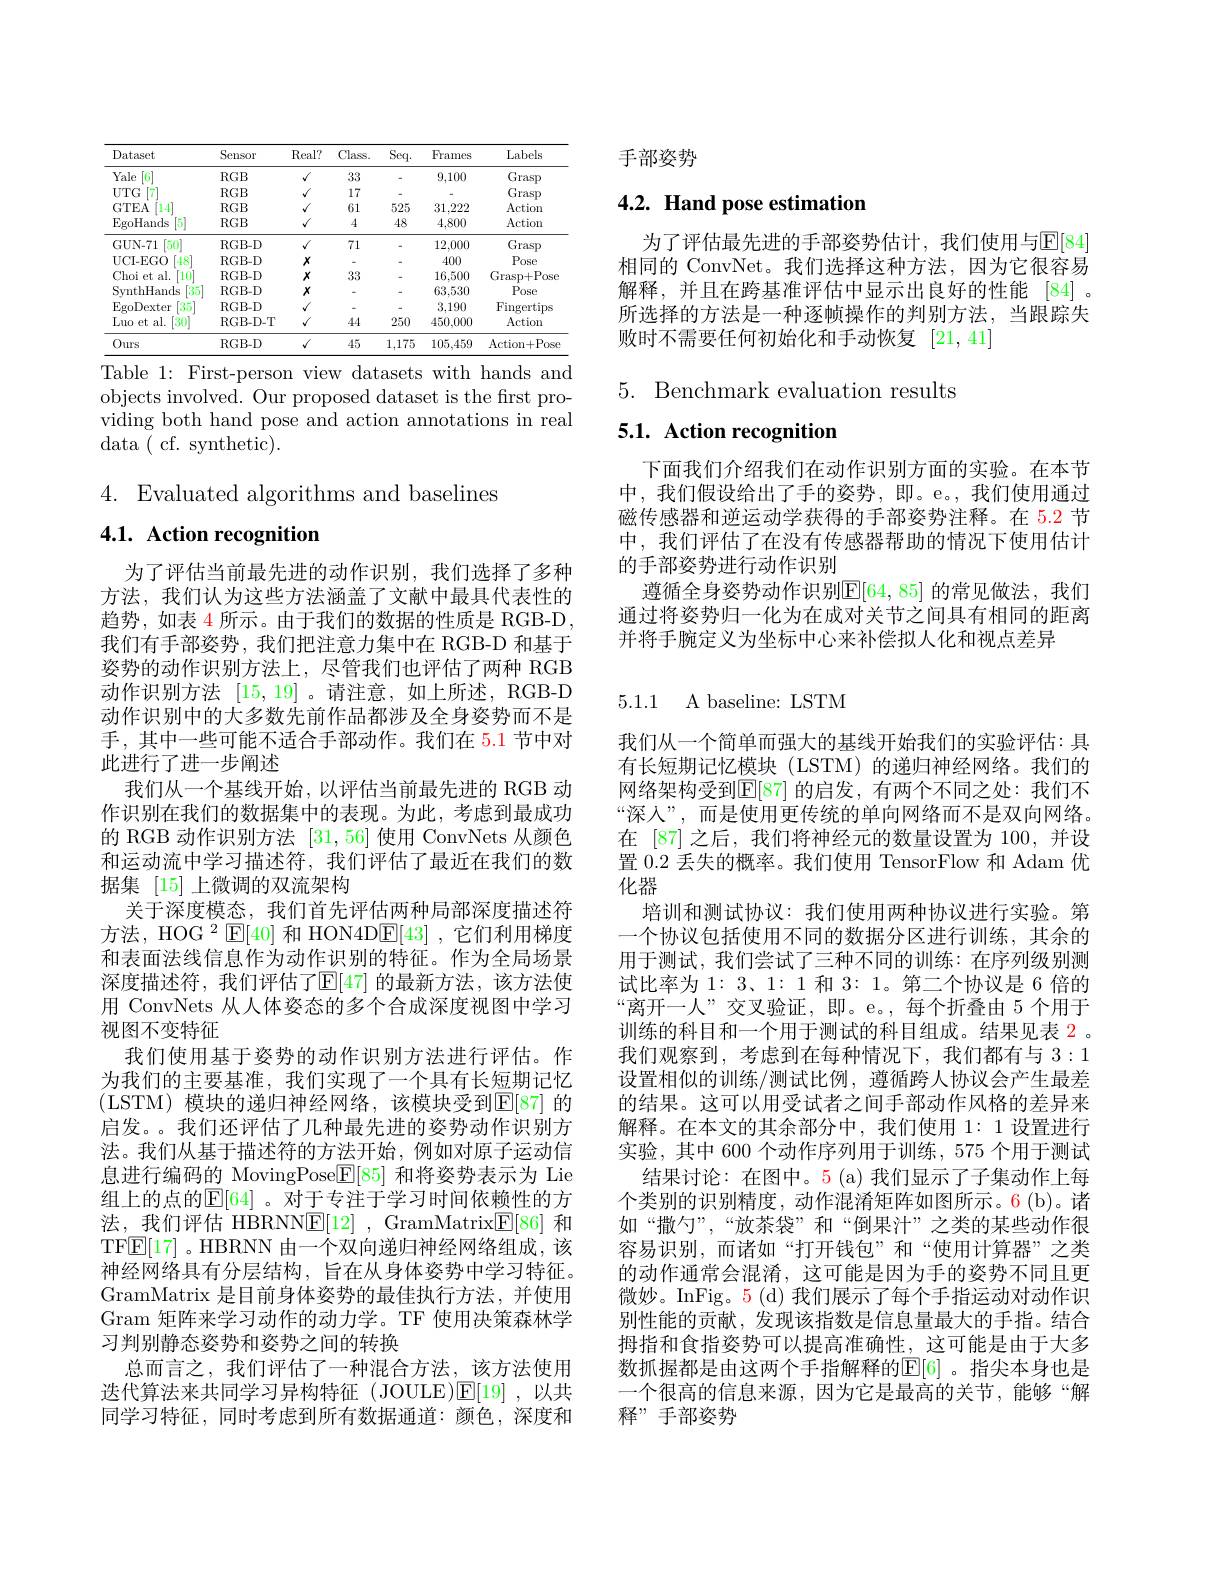
<table>
	<tbody>
		<tr>
			<th>Dataset</th>
			<th>Sensor</th>
			<th>$Real?$</th>
			<th>Class.</th>
			<th>Seq.</th>
			<th>Frames</th>
			<th>Labels</th>
		</tr>
		<tr>
			<td>Yale 6</td>
			<td>$RGB$</td>
			<td>$√$</td>
			<td>33</td>
			<td>-</td>
			<td>9,100</td>
			<td>Grasp</td>
		</tr>
		<tr>
			<td>$UTG$ - 1</td>
			<td>$RGB$</td>
			<td>$√$</td>
			<td>17</td>
			<td> </td>
			<td> </td>
			<td>Grasp</td>
		</tr>
		<tr>
			<td>GTEA [14]</td>
			<td>$RGB$</td>
			<td>$√$</td>
			<td>61</td>
			<td>525</td>
			<td>31,222</td>
			<td>Action</td>
		</tr>
		<tr>
			<td>EgoHands [5]</td>
			<td>$RGB$</td>
			<td>$√$</td>
			<td>4</td>
			<td>48</td>
			<td>4,800</td>
			<td>Action</td>
		</tr>
		<tr>
			<td>GUN- 71 $\lceil50\rceil$</td>
			<td>RGB- D</td>
			<td>$√$</td>
			<td>71</td>
			<td>-</td>
			<td>12,000</td>
			<td>Grasp</td>
		</tr>
		<tr>
			<td>UCI- EGO $[48^{.}]$</td>
			<td>RGB- D</td>
			<td>$x$</td>
			<td> </td>
			<td> </td>
			<td>400</td>
			<td>Pose</td>
		</tr>
		<tr>
			<td>Choi iet al. $10^{\circ}$</td>
			<td>RGB- D</td>
			<td>$x$</td>
			<td>33</td>
			<td> </td>
			<td>16,500</td>
			<td>Grasp+ Pose</td>
		</tr>
		<tr>
			<td>SvnthHands 135</td>
			<td>RGB- D</td>
			<td>$x$</td>
			<td> </td>
			<td> </td>
			<td>63,530</td>
			<td>Pose</td>
		</tr>
		<tr>
			<td>EgoDexter $\begin{bmatrix}35\\0\end{bmatrix}$ 1 T</td>
			<td>RGB- D</td>
			<td>$√$</td>
			<td> </td>
			<td> </td>
			<td>3,190</td>
			<td>$\operatorname{Fingertips}$</td>
		</tr>
		<tr>
			<td>Luo et al. [30]</td>
			<td>RGB- D- T</td>
			<td>$√$</td>
			<td>44</td>
			<td>250</td>
			<td>450,000</td>
			<td>Action</td>
		</tr>
		<tr>
			<td>$0urs$</td>
			<td>RGB- D</td>
			<td>$√$</td>
			<td>45</td>
			<td>1,175</td>
			<td>105,459</td>
			<td>Action+ Pose</td>
		</tr>
	</tbody>
</table>
Table 1: First-person view datasets with hands and

objects involved. Our proposed dataset is the first providing both hand pose and action annotations in real data( cf. synthetic).

4. Evaluated algorithms and baselines

4.1. Action recognition

为了评估当前最先进的动作识别，我们选择了多种方法，我们认为这些方法涵盖了文献中最具代表性的趋势，如表 4 所示。由于我们的数据的性质是 RGB-D , 我们有手部姿势，我们把注意力集中在 RGB-D 和基于姿势的动作识别方法上，尽管我们也评估了两种 RGB 动作识别方法[15,19] 。请注意，如上所述，RGB-D 动作识别中的大多数先前作品都涉及全身姿势而不是手，其中一些可能不适合手部动作。我们在 5.1 节中对此进行了进一步阐述
我们从一个基线开始，以评估当前最先进的 RGB 动作识别在我们的数据集中的表现。为此，考虑到最成功的 RGB 动作识别方法[31,56]使用 ConvNets 从颜色和运动流中学习描述符，我们评估了最近在我们的数据集[15]上微调的双流架构
关于深度模态，我们首先评估两种局部深度描述符方法，HOG $^2\operatorname{E}[40]$和 HON4D$\operatorname{E}[43]$ ,它们利用梯度和表面法线信息作为动作识别的特征。作为全局场景深度描述符，我们评估了$\operatorname{E}[47]$ 的最新方法，该方法使用 ConvNets 从人体姿态的多个合成深度视图中学习视图不变特征
我们使用基于姿势的动作识别方法进行评估。作为我们的主要基准，我们实现了一个具有长短期记忆(LSTM)模块的递归神经网络，该模块受到$\mathbb{E}[87]$ 的启发。。我们还评估了几种最先进的姿势动作识别方法。我们从基于描述符的方法开始，例如对原子运动信息进行编码的 MovingPose$\mathbb{E}[85]$和将姿势表示为 Lie 组上的点的$\mathbb{E}[64]$。对于专注于学习时间依赖性的方法，我们评估 HBRNN$\underline {\mathrm{E} }[ 12]$ , GramMatrix$\underline{\mathrm{E}}[86]$和TFE[17] 。HBRNN 由一个双向递归神经网络组成，该神经网络具有分层结构，旨在从身体姿势中学习特征。GramMatrix 是目前身体姿势的最佳执行方法，并使用Gram 矩阵来学习动作的动力学。TF 使用决策森林学习判别静态姿势和姿势之间的转换
总而言之，我们评估了一种混合方法，该方法使用迭代算法来共同学习异构特征(JOULE)$\mathbb{E}[19]$,以共同学习特征，同时考虑到所有数据通道：颜色，深度和

手部姿势

# 4.2. Hand pose estimation

为了评估最先进的手部姿势估计，我们使用与$\underline{\mathrm{E}}[84]$ 相同的 ConvNet。我们选择这种方法，因为它很容易解释，并且在跨基准评估中显示出良好的性能 [84] 。所选择的方法是一种逐帧操作的判别方法，当跟踪失败时不需要任何初始化和手动恢复 [21,41]

$5.{\mathrm{~Benchmark~evaluation~results}}$
5.1. Action recognition

下面我们介绍我们在动作识别方面的实验。在本节中，我们假设给出了手的姿势，即。e。,我们使用通过磁传感器和逆运动学获得的手部姿势注释。在 5.2 节中，我们评估了在没有传感器帮助的情况下使用估计的手部姿势进行动作识别
遵循全身姿势动作识别$\mathbb{E}[64,85]$ 的常见做法，我们通过将姿势归一化为在成对关节之间具有相同的距离并将手腕定义为坐标中心来补偿拟人化和视点差异

## 5.1.1 A baseline: LSTM

我们从一个简单而强大的基线开始我们的实验评估：具有长短期记忆模块(LSTM)的递归神经网络。我们的网络架构受到$\operatorname{E}[87]$ 的启发，有两个不同之处：我们不“深人”,而是使用更传统的单向网络而不是双向网络。在 [87] 之后，我们将神经元的数量设置为 100, 并设置 0.2 丢失的概率。我们使用 TensorFlow 和 Adam 优化器
培训和测试协议：我们使用两种协议进行实验。第一个协议包括使用不同的数据分区进行训练，其余的用于测试，我们尝试了三种不同的训练：在序列级别测试比率为$1:3、1:1$和3：1。第二个协议是 6 倍的“离开一人”交叉验证，即。e。,每个折叠由 5 个用于训练的科目和一个用于测试的科目组成。结果见表 2。我们观察到，考虑到在每种情况下，我们都有与3：1设置相似的训练/测试比例，遵循跨人协议会产生最差的结果。这可以用受试者之间手部动作风格的差异来解释。在本文的其余部分中，我们使用 1: 1 设置进行实验，其中 600 个动作序列用于训练，575 个用于测试
结果讨论：在图中。5(a) 我们显示了子集动作上每个类别的识别精度，动作混淆矩阵如图所示。6(b)。诸如“撒勺”,“放茶袋”和“倒果汁”之类的某些动作很容易识别，而诸如“打开钱包”和“使用计算器”之类的动作通常会混淆，这可能是因为手的姿势不同且更微妙。InFig。5(d)我们展示了每个手指运动对动作识别性能的贡献，发现该指数是信息量最大的手指。结合拇指和食指姿势可以提高准确性，这可能是由于大多数抓握都是由这两个手指解释的$\mathbb{E}[6]$ 。指尖本身也是一个很高的信息来源，因为它是最高的关节，能够“解释”手部姿势